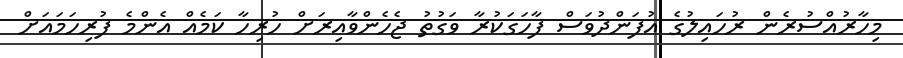
މިހާރުއްސުރެން ރުހައިލުގެ އުފަންދުވަސް ފާހަގަކުރާ ވަގުތު ޖެހެންވާއިރަށް ހުރިހާ ކަމެއް އެންމެ ފުރިހަމައަށް